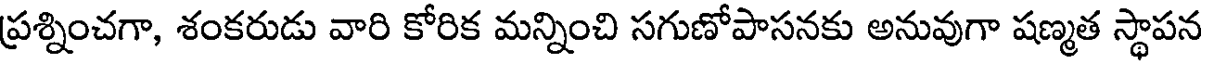
ప్రశ్నించగా, శంకరుడు వారి కోరిక మన్నించి సగుణోపాసనకు అనువుగా షణ్మత స్థాపన